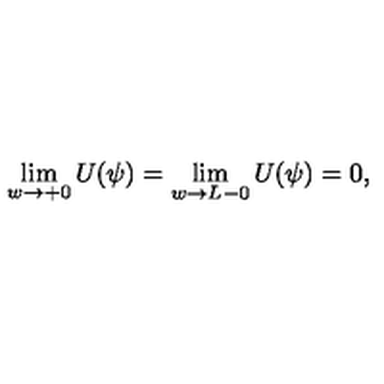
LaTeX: \lim _ { w \to + 0 } U ( \psi ) = \lim _ { w \to L - 0 } U ( \psi ) = 0 ,